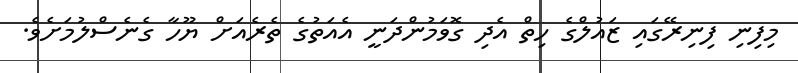
މިފިނި ފިނިރޭގައި ޒައުލްގެ ހިތް އެދި ގޮވަމުންދަނީ އެއަތުގެ ތެރެއަށް ޔޫހާ ގެނެސްލުމަށެވެ.